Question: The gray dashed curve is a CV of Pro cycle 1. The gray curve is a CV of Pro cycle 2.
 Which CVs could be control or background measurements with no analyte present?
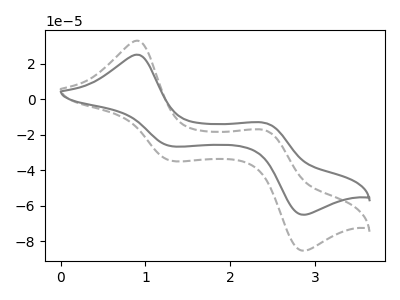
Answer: <think>The gray dashed curve "Pro cycle 1" has anodic peaks at (0.90V, 33.10uA) (2.40V, -17.45uA) and cathodic peaks at (1.30V, -34.80uA) (2.85V, -85.50uA). The gray curve "Pro cycle 2" has anodic peaks at (0.90V, 25.25uA) (2.40V, -13.30uA) and cathodic peaks at (1.30V, -26.50uA) (2.85V, -65.15uA).</think>
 <answer>There are not any CV's on this graph that are likely to be blanks.</answer>
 <eval>none</eval>